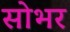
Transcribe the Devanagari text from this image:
सोभर